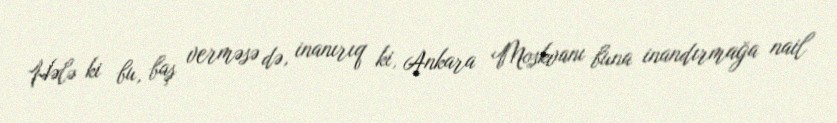
Hələ ki bu, baş verməsə də, inanırıq ki, Ankara Moskvanı buna inandırmağa nail